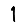
Digit: 1